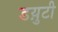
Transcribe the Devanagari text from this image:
डय़ुटी